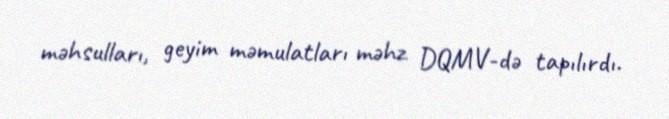
məhsulları, geyim məmulatları məhz DQMV-də tapılırdı.